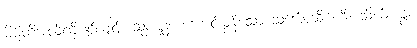
မိမိတို့အလိုလိုပင်လျှင်။ သုပဋ္ဋနံ၊ ကောင်းမွန်သော သင်္ဘောဆိပ်ကို။ သိင်္ဃ၊ ခွာ။